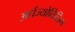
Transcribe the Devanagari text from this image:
अर्धज्योतिर्लिंग